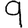
Digit: 9